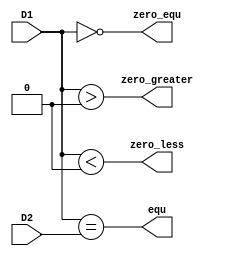
module CMP(D1,D2,equ,zero_greater,zero_equ,zero_less);
//interface
	input [31:0] D1;
    input [31:0] D2;

    output equ;
	
	output zero_greater;
	output zero_equ;
	output zero_less;

//combinational logic
    assign equ=(D1==D2);
	assign zero_greater=($signed(D1)>0);
	assign zero_equ=($signed(D1)==0);
	assign zero_less=($signed(D1)<0);

endmodule